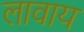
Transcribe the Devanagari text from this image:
लावाय